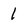
Character: 1